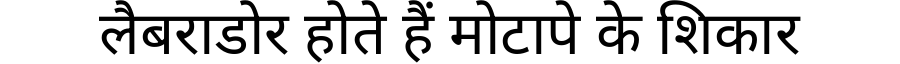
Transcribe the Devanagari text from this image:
लैबराडोर होते हैं मोटापे के शिकार